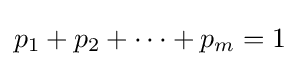
p_{1}+p_{2}+\cdots +p_{m}=1